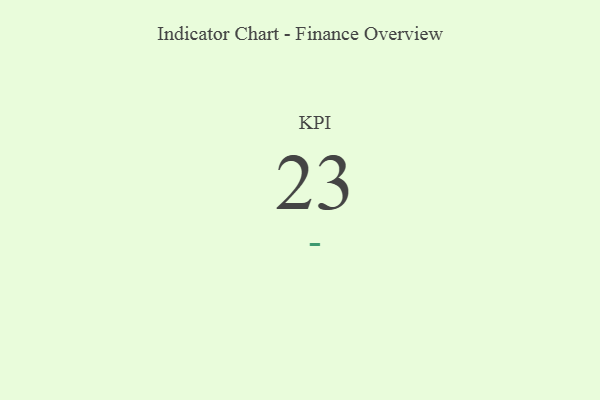
{"axis": {"x": "KPI", "y": "Value"}, "legend": [""], "data": [{"x": "KPI", "y": 23, "type": ""}]}